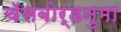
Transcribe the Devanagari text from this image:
चॅसबोर्डनुमा